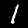
Digit: 1